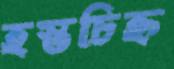
হস্তচিহ্ন